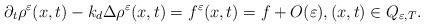
LaTeX: \begin{align*} \partial_t\rho^\varepsilon(x,t)-k_d\Delta\rho^\varepsilon(x,t) = f^\varepsilon(x,t) = f+O(\varepsilon), (x,t)\in Q_{\varepsilon,T}.\end{align*}